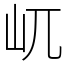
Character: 屼